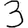
Digit: 3